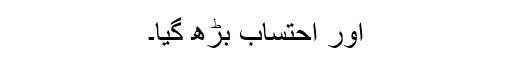
اور احتساب بڑھ گیا۔